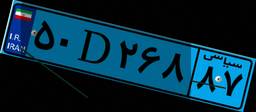
۱۹D۱۸۳۱۴